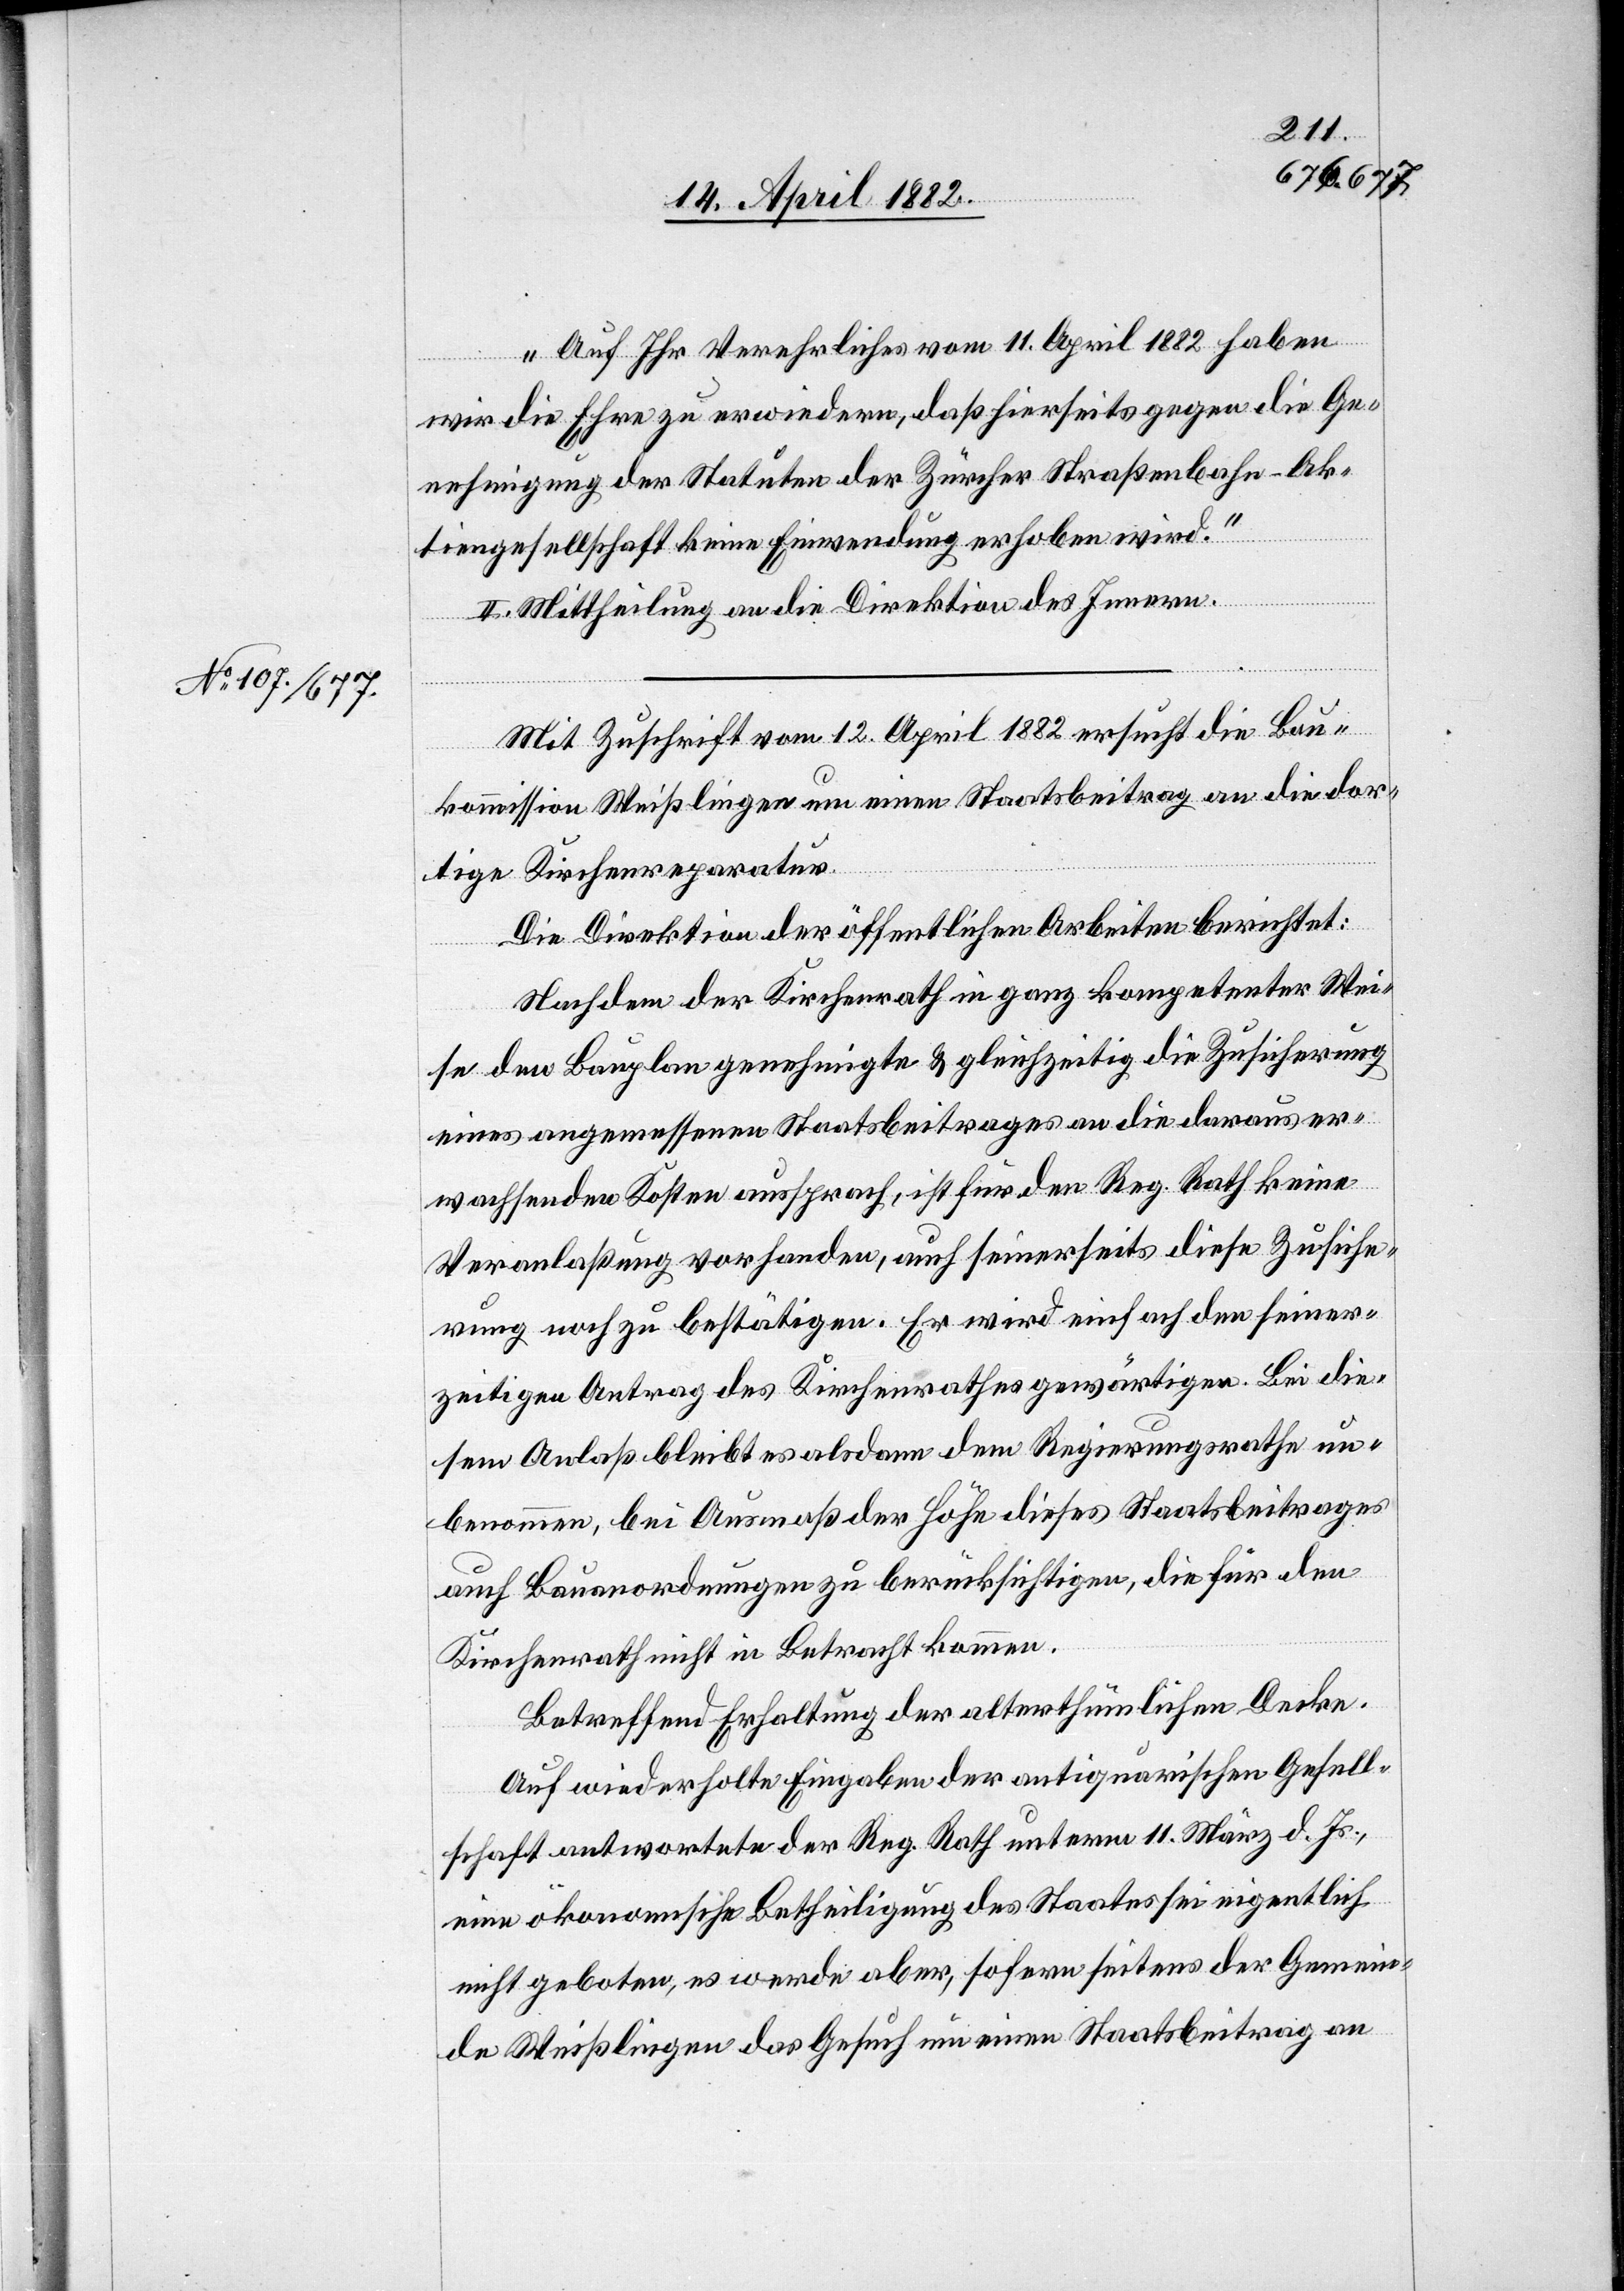
„Auf Ihr Verehrliches vom 11. April 1882 haben
wir die Ehre zu erwiedern, daß hierseits gegen die Ge¬
nehmigung der Statuten der Zürcher Straßenbahn-Ak¬
tiengesellschaft keine Einwendung erhoben wird.“
II. Mittheilung an die Direktion des Innern.
Mit Zuschrift vom 12. April 1882 ersucht die Bau¬
kommission Weißlingen um einen Staatsbeitrag an die dor¬
tige Kirchenreparatur.
Die Direktion der öffentlichen Arbeiten berichtet:
Nachdem der Kirchenrath in ganz kompetenter Wei¬
se den Bauplan genehmigte & gleichzeitig die Zusicherung
eines angemessenen Staatsbeitrages an die daraus er¬
wachsenden Kosten aussprach, ist für den Reg. Rath keine
Veranlaßung vorhanden, auch seinerseits diese Zusiche¬
rung noch zu bestätigen. Er wird einfach den seiner¬
zeitigen Antrag des Kirchenrathes gewärtigen. Bei die¬
sem Anlaß bleibt es alsdann dem Regierungsrathe un¬
benommen, bei Ausmaß der Höhe dieses Staatsbeitrages
auch Bauanordnungen zu berücksichtigen, die für den
Kirchenrath nicht in Betracht kommen.
Betreffend Erhaltung der alterthümlichen Decke.
Auf wiederholte Eingaben der antiquarischen Gesell¬
schaft antwortete der Reg. Rath unterm 11. März d. Js.,
eine ökonomische Betheiligung des Staates sei eigentlich
nicht geboten, es werde aber, sofern seitens der Gemein¬
de Weißlingen das Gesuch um einen Staatsbeitrag an